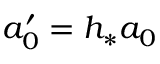
a _ { 0 } ^ { \prime } = h _ { * } a _ { 0 }